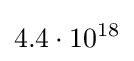
4.4\cdot 10^{18}